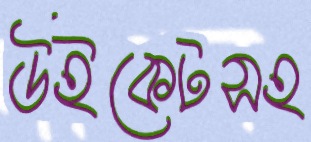
উইকেটসহ